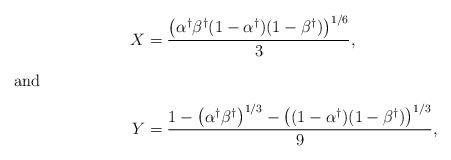
LaTeX: \begin{align*} X&=\frac{\left(\alpha^\dagger\beta^\dagger(1-\alpha^\dagger)(1-\beta^\dagger)\right)^{1/6}}{3},\intertext{and}Y&=\frac{1-\left(\alpha^\dagger\beta^\dagger\right)^{1/3}-\left((1-\alpha^\dagger)(1-\beta^\dagger)\right)^{1/3}}{9},\end{align*}